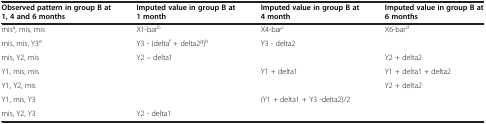
| Observed pattern in group B at 1, 4 and 6 months | Imputed value in group B at 1 month | Imputed value in group B at 4 month | Imputed value in group B at 6 months |
 | --- | --- | --- | --- |
 | misa, mis, mis | X1-barb | X4-barc | X6-bard |
 | mis, mis, Y3e | Y3 - (deltaf + delta2g)h | Y3 - delta2 |  |
 | mis, Y2, mis | Y2 – delta1 |  | Y2 + delta2 |
 | Y1, mis, mis |  | Y1 + delta1 | Y1 + delta1 + delta2 |
 | Y1, Y2, mis |  |  | Y2 + delta2 |
 | Y1, mis, Y3 |  | (Y1 + delta1 + Y3 -delta2)/2 |  |
 | mis, Y2, Y3 | Y2 - delta1 |  |  |